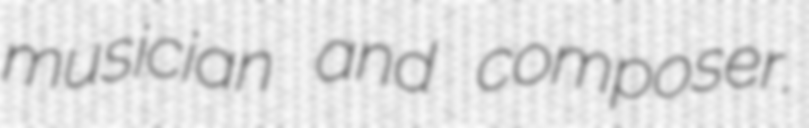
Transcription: musician and composer.